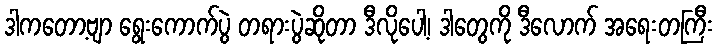
ဒါကတော့ဗျာ ရွေးကောက်ပွဲ တရားပွဲဆိုတာ ဒီလိုပေါ့၊ ဒါတွေကို ဒီလောက် အရေးတကြီး